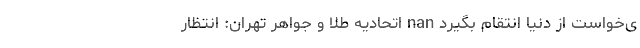
ی‌خواست از دنیا انتقام بگیرد nan اتحادیه طلا و جواهر تهران: انتظار